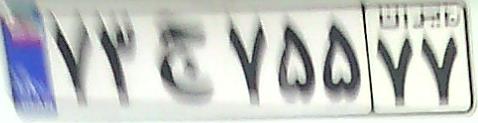
۷۳ج۷۵۵۷۷